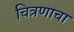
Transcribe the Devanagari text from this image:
चित्रणाचा